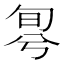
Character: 𠣬